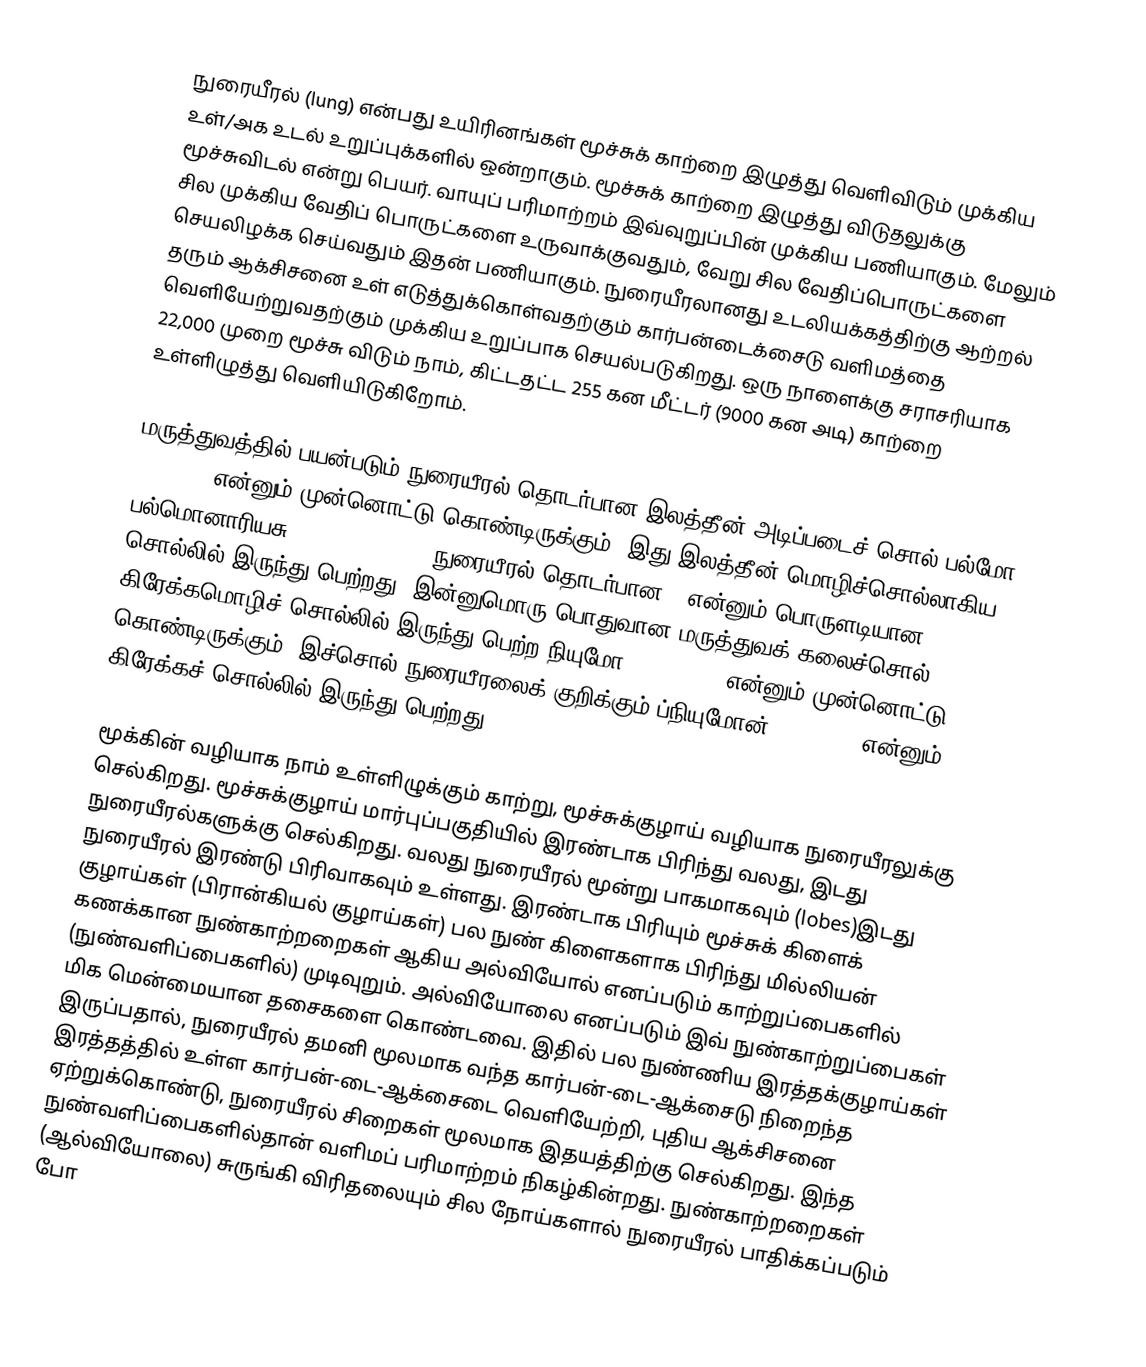
நுரையீரல் (lung) என்பது உயிரினங்கள் மூச்சுக் காற்றை இழுத்து வெளிவிடும் முக்கிய உள்/அக உடல் உறுப்புக்களில் ஒன்றாகும். மூச்சுக் காற்றை இழுத்து விடுதலுக்கு மூச்சுவிடல் என்று பெயர். வாயுப் பரிமாற்றம் இவ்வுறுப்பின் முக்கிய பணியாகும். மேலும் சில முக்கிய வேதிப் பொருட்களை உருவாக்குவதும், வேறு சில வேதிப்பொருட்களை செயலிழக்க செய்வதும் இதன் பணியாகும். நுரையீரலானது உடலியக்கத்திற்கு ஆற்றல் தரும் ஆக்சிசனை உள் எடுத்துக்கொள்வதற்கும் கார்பன்டைக்சைடு வளிமத்தை வெளியேற்றுவதற்கும் முக்கிய உறுப்பாக செயல்படுகிறது. ஒரு நாளைக்கு சராசரியாக 22,000 முறை மூச்சு விடும் நாம், கிட்டதட்ட 255 கன மீட்டர் (9000 கன அடி) காற்றை உள்ளிழுத்து வெளியிடுகிறோம்.

மருத்துவத்தில் பயன்படும் நுரையீரல் தொடர்பான இலத்தீன் அடிப்படைச் சொல் பல்மோ- (pulmo-) என்னும் முன்னொட்டு கொண்டிருக்கும். இது இலத்தீன் மொழிச்சொல்லாகிய பல்மொனாரியசு (pulmonarius = "நுரையீரல் தொடர்பான") என்னும் பொருளடியான சொல்லில் இருந்து பெற்றது. இன்னுமொரு பொதுவான மருத்துவக் கலைச்சொல் கிரேக்கமொழிச் சொல்லில் இருந்து பெற்ற நியுமோ- (pneumo-) என்னும் முன்னொட்டு கொண்டிருக்கும். இச்சொல் நுரையீரலைக் குறிக்கும் ப்நியுமோன் (πνεύμων) என்னும் கிரேக்கச் சொல்லில் இருந்து பெற்றது.

மூக்கின் வழியாக நாம் உள்ளிழுக்கும் காற்று, மூச்சுக்குழாய் வழியாக நுரையீரலுக்கு செல்கிறது. மூச்சுக்குழாய் மார்புப்பகுதியில் இரண்டாக பிரிந்து வலது, இடது நுரையீரல்களுக்கு செல்கிறது. வலது நுரையீரல் மூன்று பாகமாகவும் (lobes)இடது நுரையீரல் இரண்டு பிரிவாகவும் உள்ளது. இரண்டாக பிரியும் மூச்சுக் கிளைக் குழாய்கள் (பிரான்கியல் குழாய்கள்) பல நுண் கிளைகளாக பிரிந்து மில்லியன் கணக்கான நுண்காற்றறைகள் ஆகிய அல்வியோல் எனப்படும் காற்றுப்பைகளில் (நுண்வளிப்பைகளில்) முடிவுறும். அல்வியோலை எனப்படும் இவ் நுண்காற்றுப்பைகள் மிக மென்மையான தசைகளை கொண்டவை. இதில் பல நுண்ணிய இரத்தக்குழாய்கள் இருப்பதால், நுரையீரல் தமனி மூலமாக வந்த கார்பன்-டை-ஆக்சைடு நிறைந்த இரத்தத்தில் உள்ள கார்பன்-டை-ஆக்சைடை வெளியேற்றி, புதிய ஆக்சிசனை ஏற்றுக்கொண்டு, நுரையீரல் சிறைகள் மூலமாக இதயத்திற்கு செல்கிறது. இந்த நுண்வளிப்பைகளில்தான் வளிமப் பரிமாற்றம் நிகழ்கின்றது. நுண்காற்றறைகள் (ஆல்வியோலை) சுருங்கி விரிதலையும் சில நோய்களால் நுரையீரல் பாதிக்கப்படும் போ